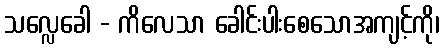
သလ္လေခေါ - ကိလေသာ ခေါင်းပါးစေသောအကျင့်ကို၊